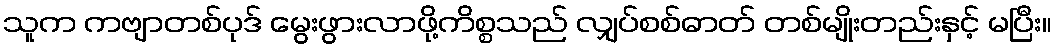
သူက ကဗျာတစ်ပုဒ် မွေးဖွားလာဖို့ကိစ္စသည် လျှပ်စစ်ဓာတ် တစ်မျိုးတည်းနှင့် မပြီး။